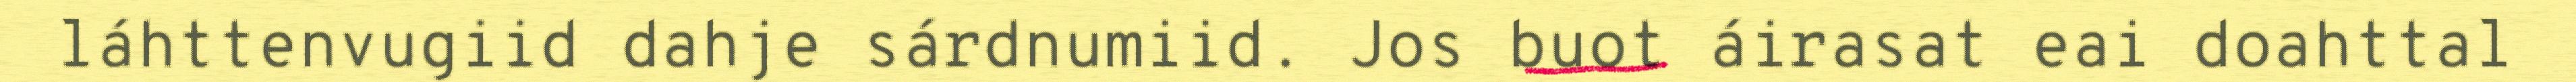
láhttenvugiid dahje sárdnumiid. Jos buot áirasat eai doahttal